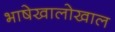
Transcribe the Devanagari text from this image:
भाषेखालोखाल